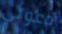
دعوتي